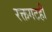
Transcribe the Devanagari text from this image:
रक्तगटही